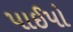
પાઈપો